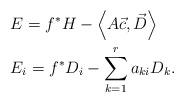
LaTeX: \begin{align*}&E=f^{*}H-\left<A\vec{c},\vec{D}\right>\\&E_{i}=f^{*}D_{i}-\sum_{k=1}^{r}a_{ki}D_{k}.\end{align*}